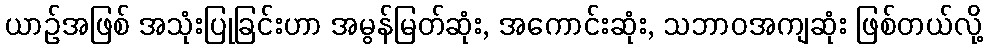
ယာဉ်အဖြစ် အသုံးပြုခြင်းဟာ အမွန်မြတ်ဆုံး, အကောင်းဆုံး, သဘာဝအကျဆုံး ဖြစ်တယ်လို့